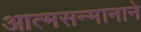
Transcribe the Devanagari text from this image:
आत्मसन्मानाने